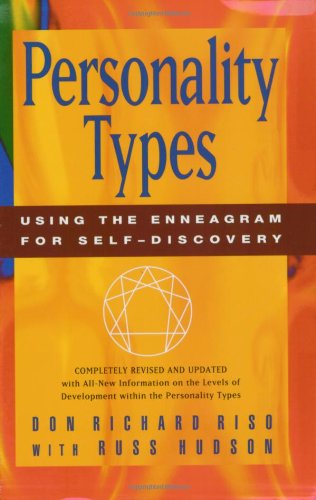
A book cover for Personality Types: Using the Enneagram for Self-Discovery; Don Richard Riso; Health, Fitness & Dieting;